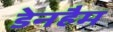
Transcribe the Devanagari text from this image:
डेनहैम